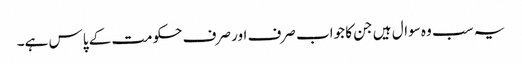
یہ سب وہ سوال ہیں جن کا جواب صرف اور صرف حکومت کے پاس ہے۔